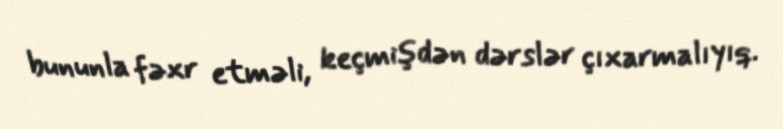
bununla fəxr etməli, keçmişdən dərslər çıxarmalıyıq.